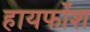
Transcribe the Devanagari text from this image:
हायफोंश